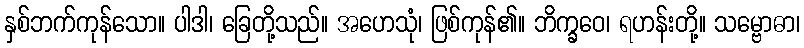
နှစ်ဘက်ကုန်သော။ ပါဒါ၊ ခြေတို့သည်။ အဟေသုံ၊ ဖြစ်ကုန်၏။ ဘိက္ခဝေ၊ ရဟန်းတို့။ သမ္ဗောဓာ၊